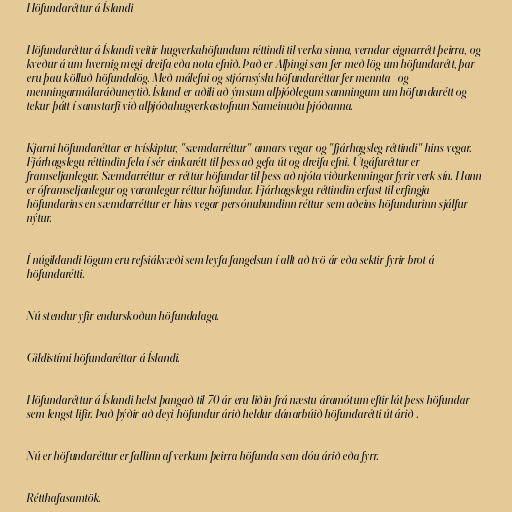
Höfundaréttur á Íslandi

Höfundaréttur á Íslandi veitir hugverkahöfundum réttindi til verka sinna, verndar eignarrétt þeirra, og
kveður á um hvernig megi dreifa eða nota efnið. Það er Alþingi sem fer með lög um höfundarétt, þar
eru þau kölluð höfundalög. Með málefni og stjórnsýslu höfundaréttar fer mennta- og
menningarmálaráðuneytið. Ísland er aðili að ýmsum alþjóðlegum samningum um höfundarétt og
tekur þátt í samstarfi við alþjóðahugverkastofnun Sameinuðu þjóðanna.

Kjarni höfundaréttar er tvískiptur, "sæmdarréttur" annars vegar og "fjárhagsleg réttindi" hins vegar.
Fjárhagslegu réttindin fela í sér einkarétt til þess að gefa út og dreifa efni. Útgáfuréttur er
framseljanlegur. Sæmdarréttur er réttur höfundar til þess að njóta viðurkenningar fyrir verk sín. Hann
er óframseljanlegur og varanlegur réttur höfundar. Fjárhagslegu réttindin erfast til erfingja
höfundarins en sæmdarréttur er hins vegar persónubundinn réttur sem aðeins höfundurinn sjálfur
nýtur.

Í núgildandi lögum eru refsiákvæði sem leyfa fangelsun í allt að tvö ár eða sektir fyrir brot á
höfundarétti.

Nú stendur yfir endurskoðun höfundalaga.

Gildistími höfundaréttar á Íslandi.

Höfundaréttur á Íslandi helst þangað til 70 ár eru liðin frá næstu áramótum eftir lát þess höfundar
sem lengst lifir. Það þýðir að deyi höfundur árið heldur dánarbúið höfundarétti út árið .

Nú er höfundaréttur er fallinn af verkum þeirra höfunda sem dóu árið eða fyrr.

Rétthafasamtök.